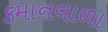
કમાનવાળા